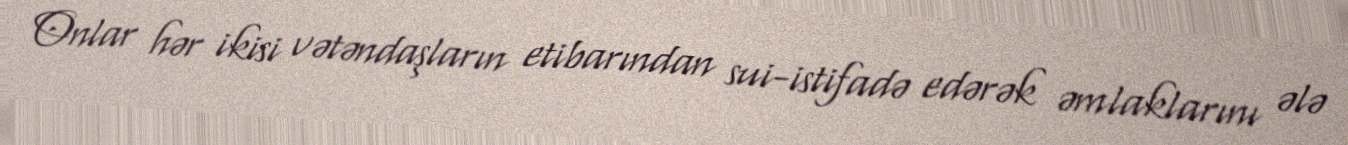
Onlar hər ikisi vətəndaşların etibarından sui-istifadə edərək əmlaklarını ələ